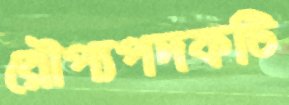
রৌপ্যপদকটি